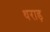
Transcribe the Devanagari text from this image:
थराड़